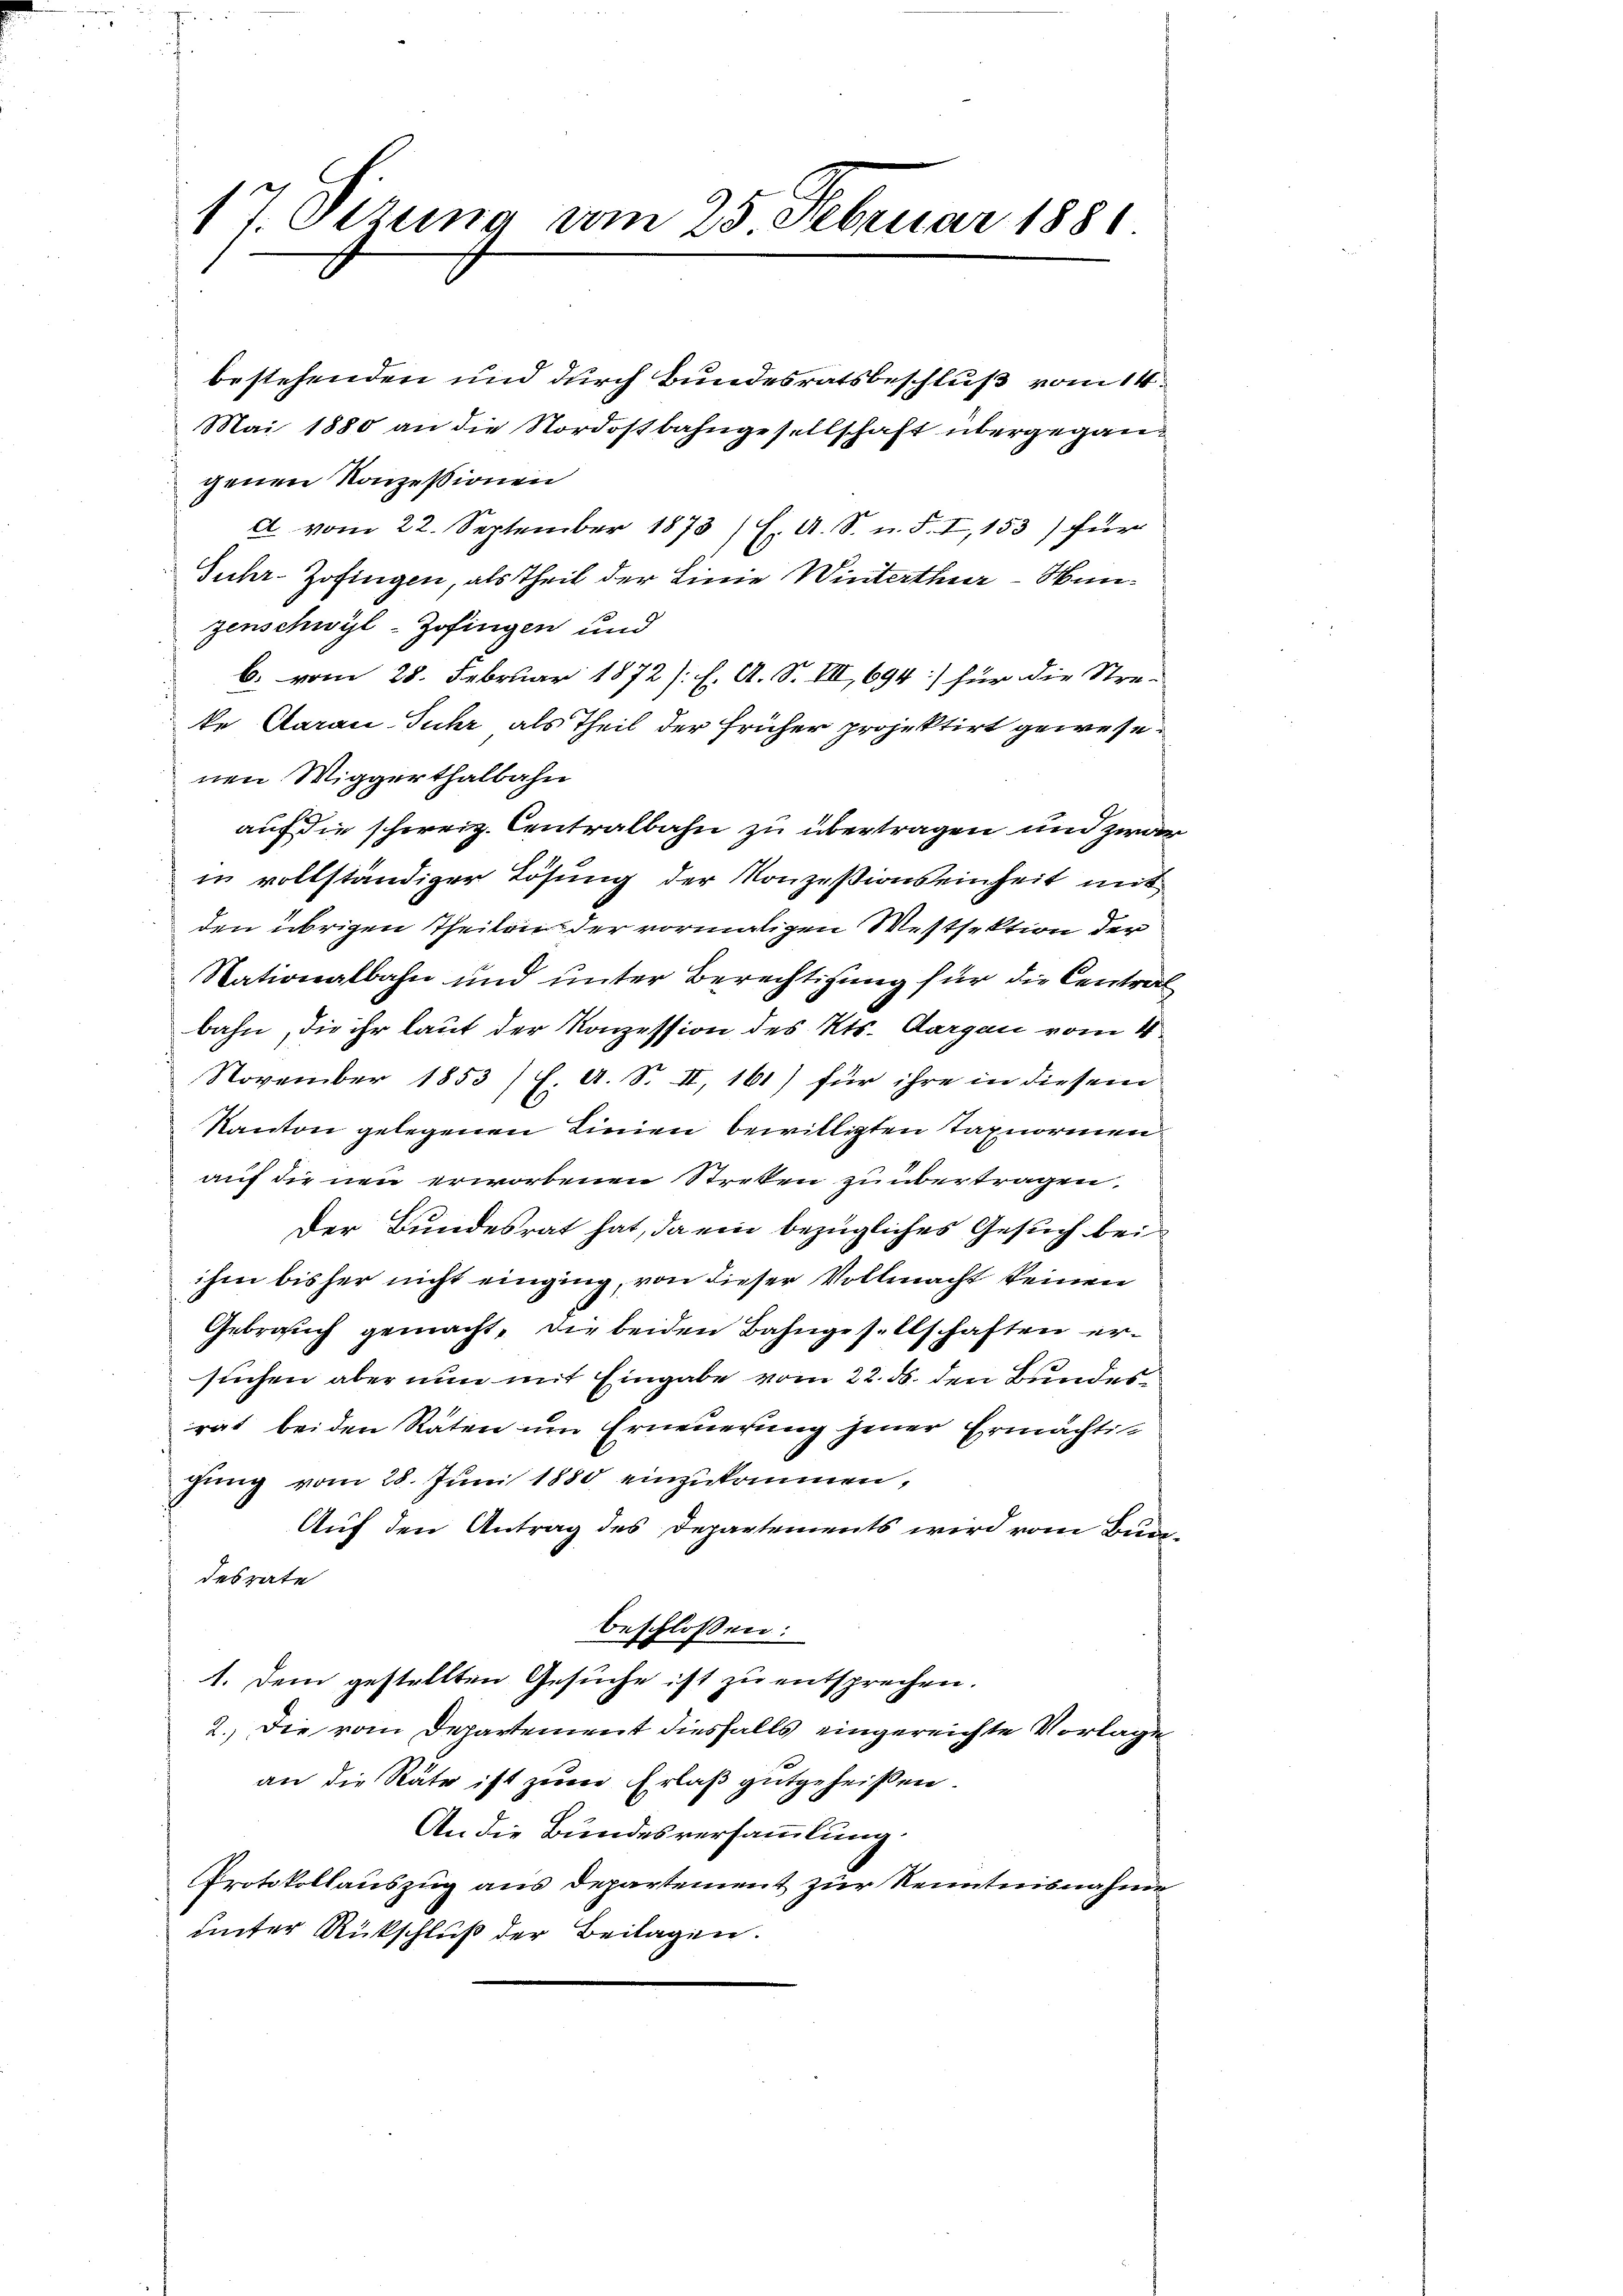
17. Sizung vom 25. Februar 1881

bestehenden und durch Bundesratsbeschluß vom 14.
Mai 1880 an die Nordostbahngesellschaft übergegangenen Konzessionen
A. vom 22. September 1873 / H. A. S. n. F. I, 153) für
Juhr-Zofingen, als Theil der Linie Winterthur–Wunzenschwyl-Zofingen und
b. vom 28. Februar 1872 s. f. A. S. VII, 694] für die Stre-
ke Aarau Juhr als Theil der früher projektirt gewese
nen Wiggerthalbahn
auf die schweiz. Centralbahn zu übertragen und zwa
in vollständiger Lösung der Konzesionseinheit mit
den übrigen Theilen der vormaligen Westsektion der
Nationalbahn und unter Berechtigung für die Centrat
bahn, die ihr laut der Konzession des Kts. Aargau vom 4.
November 1853 f. A. S. II, 161) für ihre in diesem
Kanton gelegenen Linien bewilligten Taxnormen.
auf die neu erworbenen Streken zu übertragen,
Der Bundesrat hat, da ein bezügliches Gesuch bei
ihm bisher nicht einging, von dieser Vollmacht keinen
Gebrauch gemacht, die beiden Bahngesellschaften ersuchen aber nun mit Eingabe vom 22. ds. den Bundesrat beiden Raten um Erneuerung jener Ermächtifung vom 28. Juni 1880 einzukommen,
Auf den Antrag des Departements wird vom Bundesrate
beschlossen:
1. Dem gestellten Gesuche ist zu entsprechen.
2.) Die vom Departement diesfalls eingereichte Vorlage
an die Räte ist zum Erlaß gutgeheißen.
An die Bundesversammlung
Protokollauszug aus Departement zur Kenntnisnahme
unter Rückschluß der Beilagen.